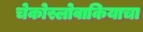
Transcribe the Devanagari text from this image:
चेकोस्लोवाकियाचा